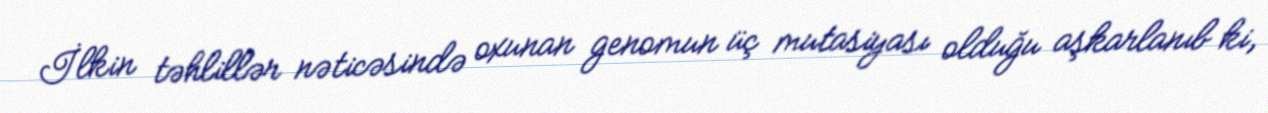
İlkin təhlillər nəticəsində oxunan genomun üç mutasiyası olduğu aşkarlanıb ki,